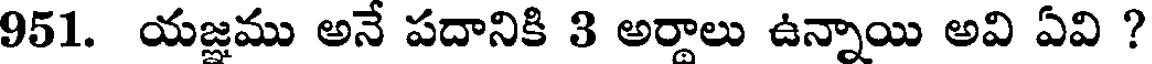
951. యజ్ఞము అనే పదానికి 3 అర్దాలు ఉన్నాయి అవి ఏవి ?